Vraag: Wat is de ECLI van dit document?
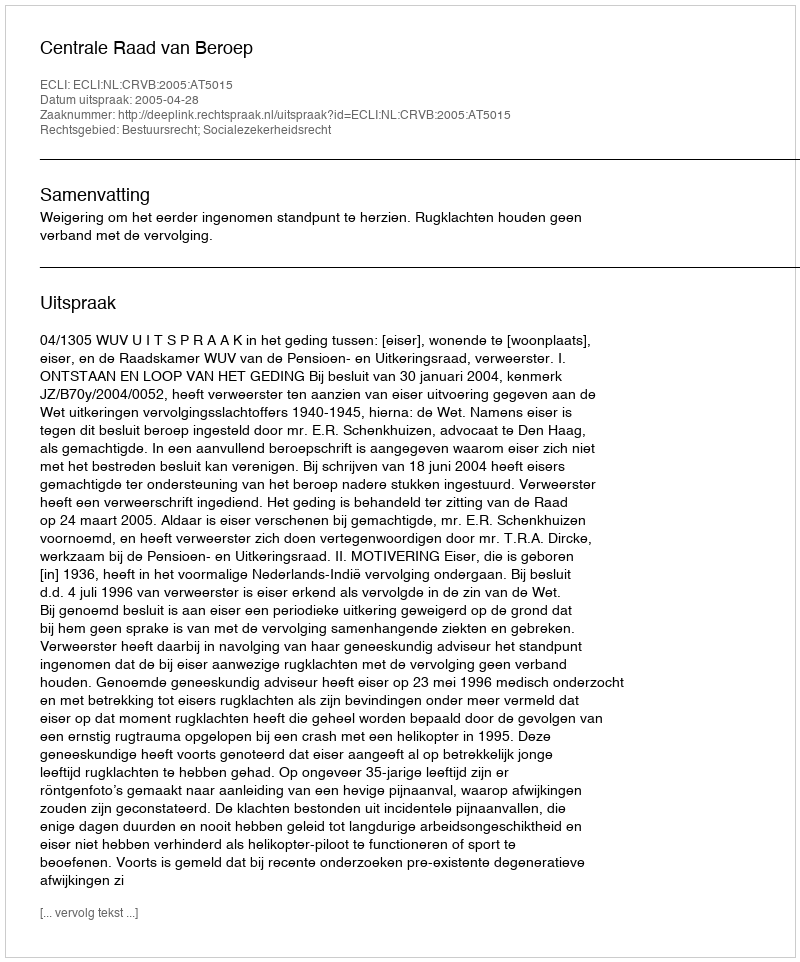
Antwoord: ECLI:NL:CRVB:2005:AT5015